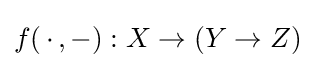
f(\,\cdot \,,-):X\rightarrow (Y\rightarrow Z)